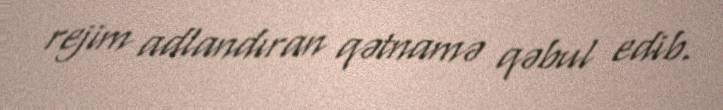
rejim adlandıran qətnamə qəbul edib.